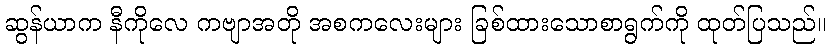
ဆွန်ယာက နီကိုလေ ကဗျာအတို အစကလေးများ ခြစ်ထားသောစာရွက်ကို ထုတ်ပြသည်။